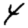
Digit: 4